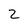
Character: 2